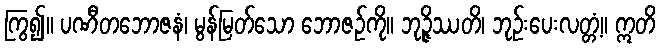
ကြွ၍။ ပဏီတဘောဇနံ၊ မွန်မြတ်သော ဘောဇဉ်ကို။ ဘုဉ္ဇိဿတိ၊ ဘုဉ်းပေးလတ္တံ့။ ဣတိ